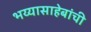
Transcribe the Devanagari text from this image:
भय्यासाहेबांची